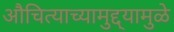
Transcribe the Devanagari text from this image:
औचित्याच्यामुद्द्यामुळे